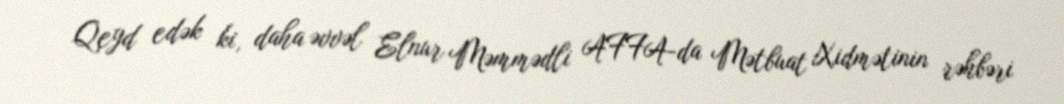
Qeyd edək ki, daha əvvəl Elnur Məmmədli AFFA-da Mətbuat Xidmətinin rəhbəri